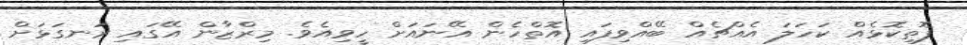
ފޮތިކޮޅެއް ކަހަލަ އެއްޗެއް ބޭއްވިފައި އޮތްހެން އޭނައަށް ހީވިއެވެ. މިރްޒާން އޭގައި ރަނގަޅަށް